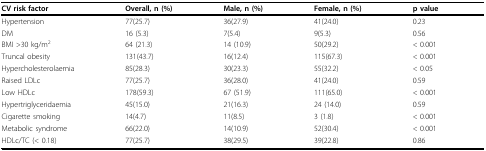
<table><thead><tr><td><b>CV risk factor</b></td><td><b>Overall, n (%)</b></td><td><b>Male, n (%)</b></td><td><b>Female, n (%)</b></td><td><b>p value</b></td></tr></thead><tbody><tr><td>Hypertension</td><td>77(25.7)</td><td>36(27.9)</td><td>41(24.0)</td><td>0.23</td></tr><tr><td>DM</td><td>16 (5.3)</td><td>7(5.4)</td><td>9(5.3)</td><td>0.56</td></tr><tr><td>BMI &gt;30 kg/m<sup>2</sup></td><td>64 (21.3)</td><td>14 (10.9)</td><td>50(29.2)</td><td>&lt; 0.001</td></tr><tr><td>Truncal obesity</td><td>131(43.7)</td><td>16(12.4)</td><td>115(67.3)</td><td>&lt; 0.001</td></tr><tr><td>Hypercholesterolaemia</td><td>85(28.3)</td><td>30(23.3)</td><td>55(32.2)</td><td>&lt; 0.05</td></tr><tr><td>Raised LDLc</td><td>77(25.7)</td><td>36(28.0)</td><td>41(24.0)</td><td>0.59</td></tr><tr><td>Low HDLc</td><td>178(59.3)</td><td>67 (51.9)</td><td>111(65.0)</td><td>&lt; 0.001</td></tr><tr><td>Hypertriglyceridaemia</td><td>45(15.0)</td><td>21(16.3)</td><td>24 (14.0)</td><td>0.59</td></tr><tr><td>Cigarette smoking</td><td>14(4.7)</td><td>11(8.5)</td><td>3 (1.8)</td><td>&lt; 0.001</td></tr><tr><td>Metabolic syndrome</td><td>66(22.0)</td><td>14(10.9)</td><td>52(30.4)</td><td>&lt; 0.001</td></tr><tr><td>HDLc/TC (&lt; 0.18)</td><td>77(25.7)</td><td>38(29.5)</td><td>39(22.8)</td><td>0.86</td></tr></tbody></table>